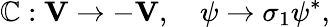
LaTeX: \mathbb{C}:\mathbf{{V}}\to-\mathbf{{V}},\quad\psi\to{\sigma}_{1}{\psi}^{*},